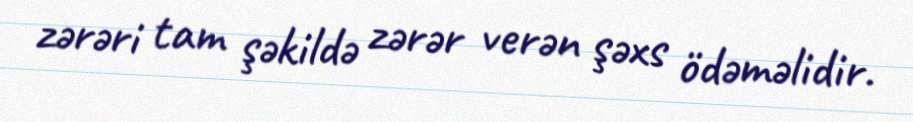
zərəri tam şəkildə zərər verən şəxs ödəməlidir.